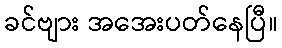
ခင်ဗျား အအေးပတ်နေပြီ။